Report on enteric fever
Disease focus: Fever
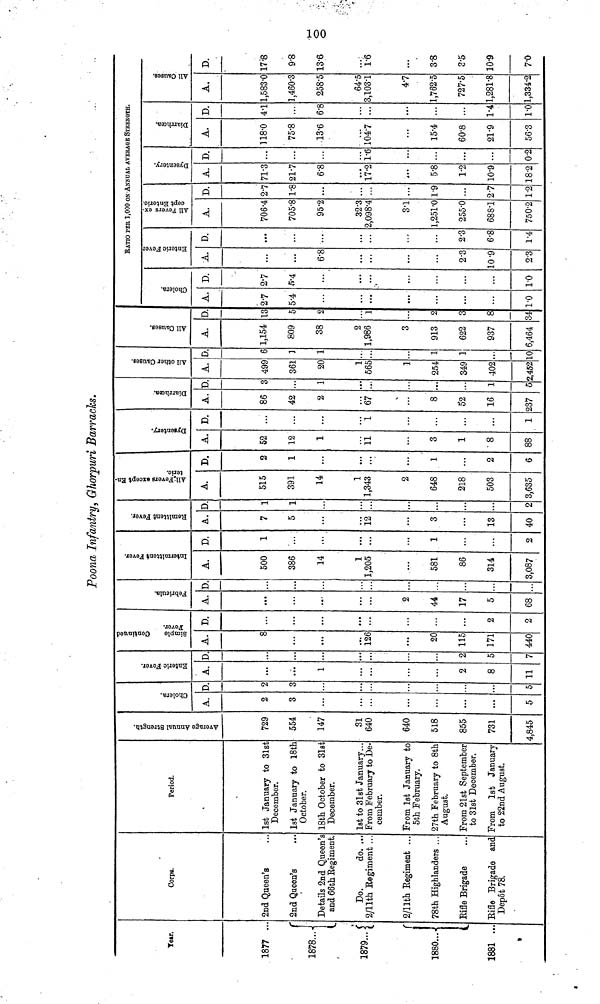
Poona Infantry, Ghorpuri Barracks.
Year
1877 ..
1878...-
1879...
1880...
1881 ...
Corps.
2nd Queen's
2nd Queen's
Details 2nd Queen's
and 66th Regiment
Do.
do. ..
2/11th Regiment ..
2/11th Regiment ...
78th Highlanders ...
Rifle Brigade
Rifle Brigade and
Depot 78.
Period.
1st January to 31st
December.
1st January to 18th
October.
18th October to 31st
December.
1st to 31st January...
From February to De-
cember.
From 1st January to
5th February.
27th February to 8th
August.
From 21st September
to 31st December.
From 1st January
to 22nd August.
Average Annual Strength
729
554
147
31
640
640
518
855
731
4,845
Cholera
A.
2
3
...
...
...
5
D
2
i
5
Enteric Fever.
A.
1
...
2
8
11
D
'
2
5
7
Simple
Continued
Fever.
A.
8
* "
126
20
115
171
440
D.
*
...
2
2
Febricula.
A.
...
...
...
2
44
17
5
68
D
...
Intermittent Fever.
A.
500
386
14
1
1,205
581
86
314
3,087
D.
1
...
1
...
...
2
Remittent Fever
A.
7
5
12
3
13
40
D
1
1
...
2
All Fevers except Enteric.
A.
515
391
14
1
1,343
2
648
218
503
3,635
D.
2
1
':
1
...
2
6
Dysentery.
A.
52
12
1
11
3
1
8
88
D.
...
1
...
...
1
Diarrhœa.
A.
86
42
2
67
8
52
16
37
D
3
1
...
1
5
All other Causes.
A.
499
361
20
1
565
1
254
349
402
,452
D
6
1
1
10
All Causes.
A.
1,154
809
38
2
1,986
3
913
622
937
6,464
D
13
5
1
2
3
8
34
RATIO PER 1,000 ON ANNUAL AVERAGE STRENGTH.
Cholera.
A.
27
5.4
...
...
1.0
D.
2.7
...
...
1.0
Entric Fever.
A.
...
...
6.8
...
2.3
10.9
2.3
D.
...
2.3
6.8
1.4
All Fevers except Enteric.
A.
706.4
705.8
95.2
32.3
2,098.4
3.1
1,251.0
255.0
688.1
750.2
D.
2.7
1.8
...
1.9
2.7
1.2
Dysentery
A.
71.3
21.7
6.8
17.2
5.8
1.2
10.9
18.2
D.
...
1.6
...
0.2
Diarrhoœa.
A.
118.0
75.8
13.6
104.7
15.4
60.8
21.9
56.3
D.
41
6.8
...
1.4
1.0
All Causes
A.
1,583.0
1,460.3
258.5
64.5
3,103.1
4.7
1,762.5
727.5
1,281.8
1,334.2
D.
17.8
9.8
13.6
1.6
...
3.8
3.5
10.9
7.0
100